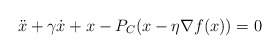
\begin{align*}\ddot x + \gamma\dot x + x-P_C(x-\eta\nabla f (x)) = 0\end{align*}